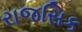
રાજસિક